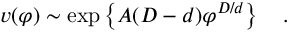
v ( \varphi ) \sim \exp \left\{ A ( D - d ) \varphi ^ { D / d } \right\} \quad .